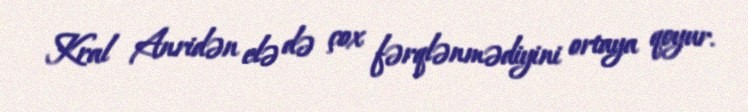
Kral Anridən elə də çox fərqlənmədiyini ortaya qoyur.